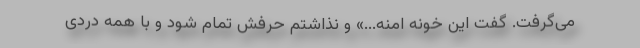
می‌گرفت. گفت این خونه امنه...» و نذاشتم حرفش تمام شود و با همه دردی